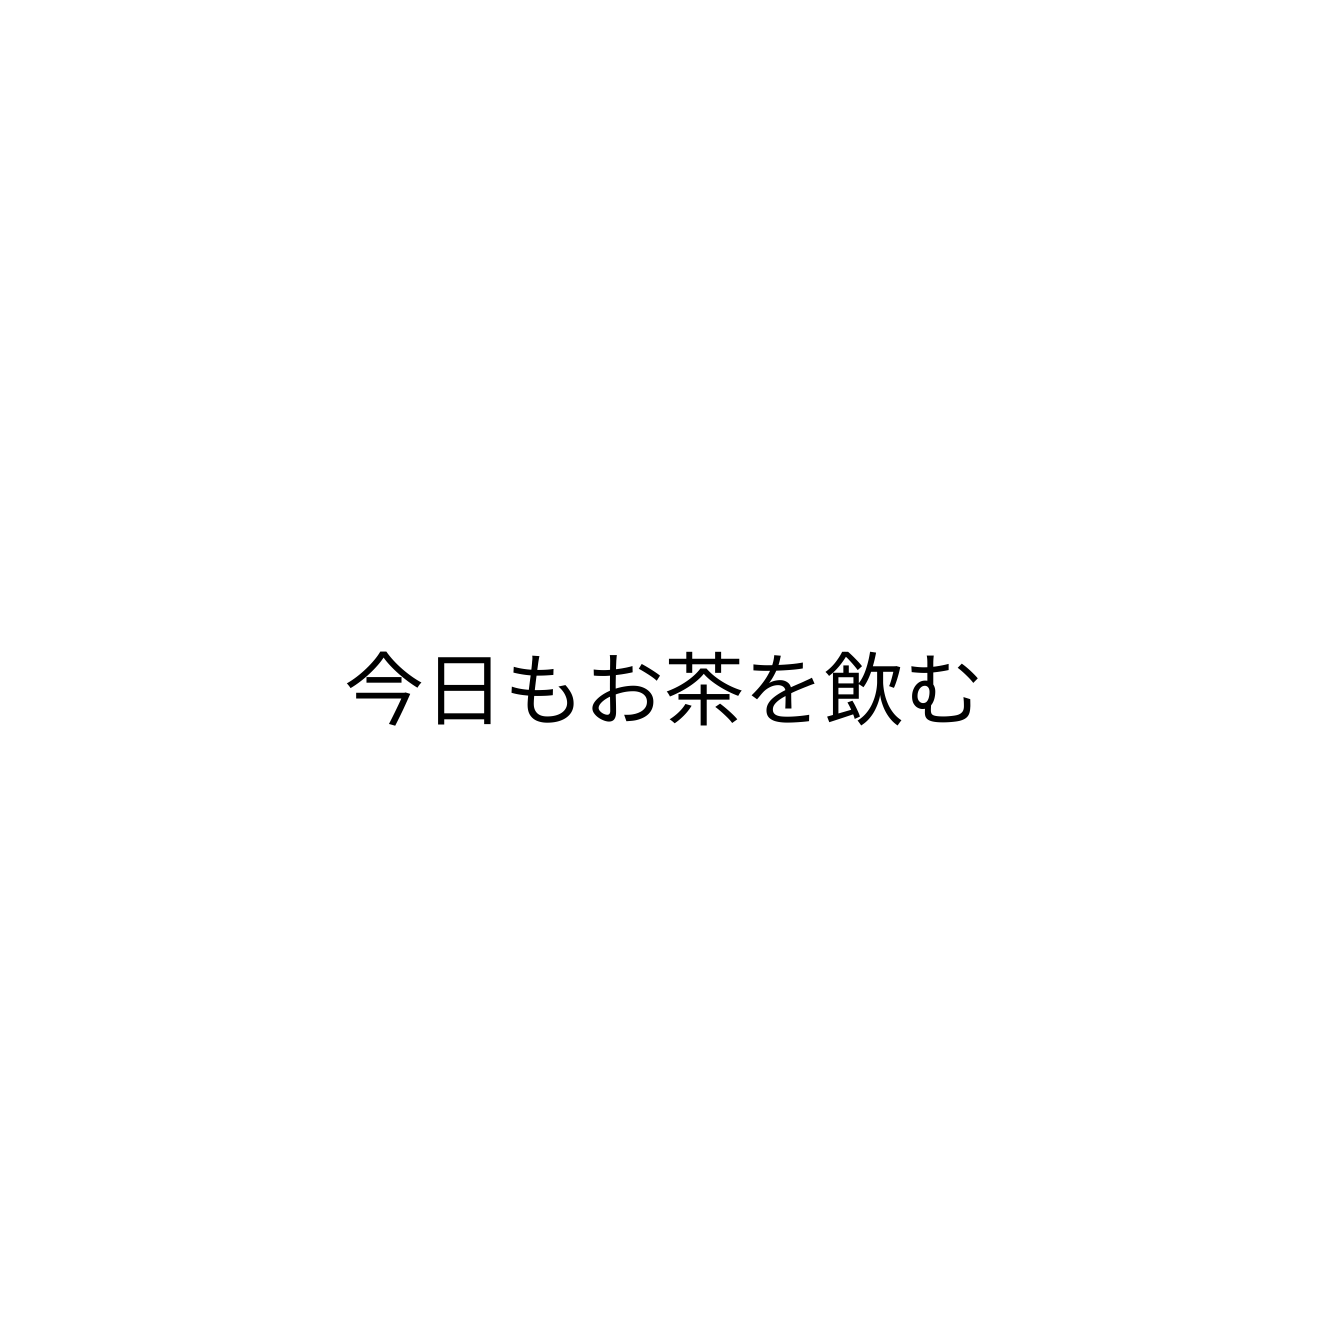
今日もお茶を飲む